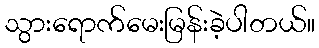
သွားရောက်မေးမြန်းခဲ့ပါတယ်။